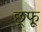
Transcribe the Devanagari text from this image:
छूफू